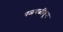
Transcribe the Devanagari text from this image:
चळवळींतून